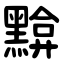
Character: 黭